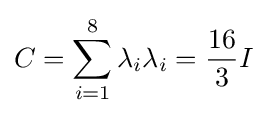
C=\sum _{i=1}^{8}\lambda _{i}\lambda _{i}={\frac {16}{3}}I